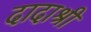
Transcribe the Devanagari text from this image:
दादाश्री